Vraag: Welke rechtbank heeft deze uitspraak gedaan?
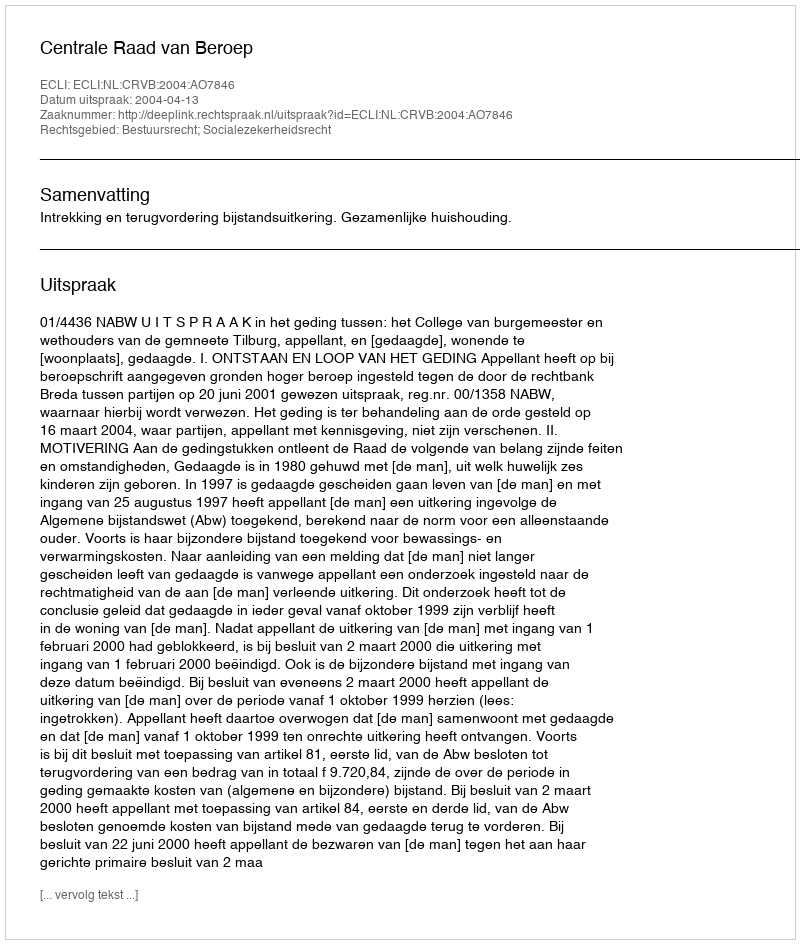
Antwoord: Centrale Raad van Beroep